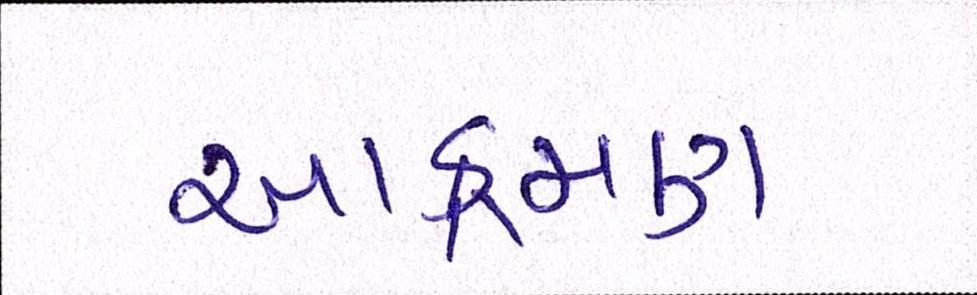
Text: આક્રમણ